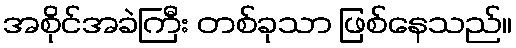
အစိုင်အခဲကြီး တစ်ခုသာ ဖြစ်နေသည်။